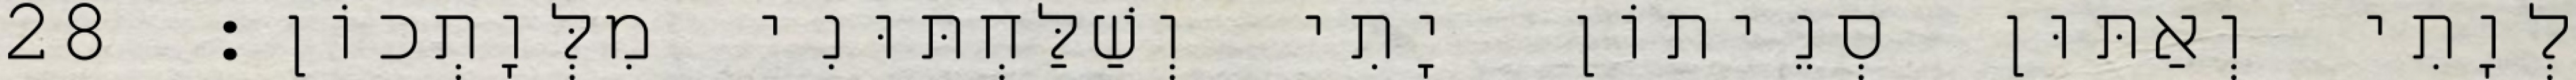
לְוָתִי וְאַתּוּן סְנֵיתוֹן יָתִי וְשַׁלַּחְתּוּנִי מִלְּוָתְכוֹן׃ 28